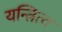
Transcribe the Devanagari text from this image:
यन्त्रित्व